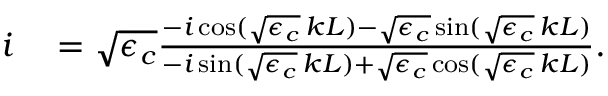
\begin{array} { r l } { i } & { { } = \sqrt { \epsilon _ { c } } \frac { - i \cos ( \sqrt { \epsilon _ { c } } \, k L ) - \sqrt { \epsilon _ { c } } \sin ( \sqrt { \epsilon _ { c } } \, k L ) } { - i \sin ( \sqrt { \epsilon _ { c } } \, k L ) + \sqrt { \epsilon _ { c } } \cos ( \sqrt { \epsilon _ { c } } \, k L ) } . } \end{array}